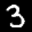
Label: 3